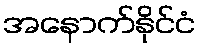
အနောက်နိုင်ငံ